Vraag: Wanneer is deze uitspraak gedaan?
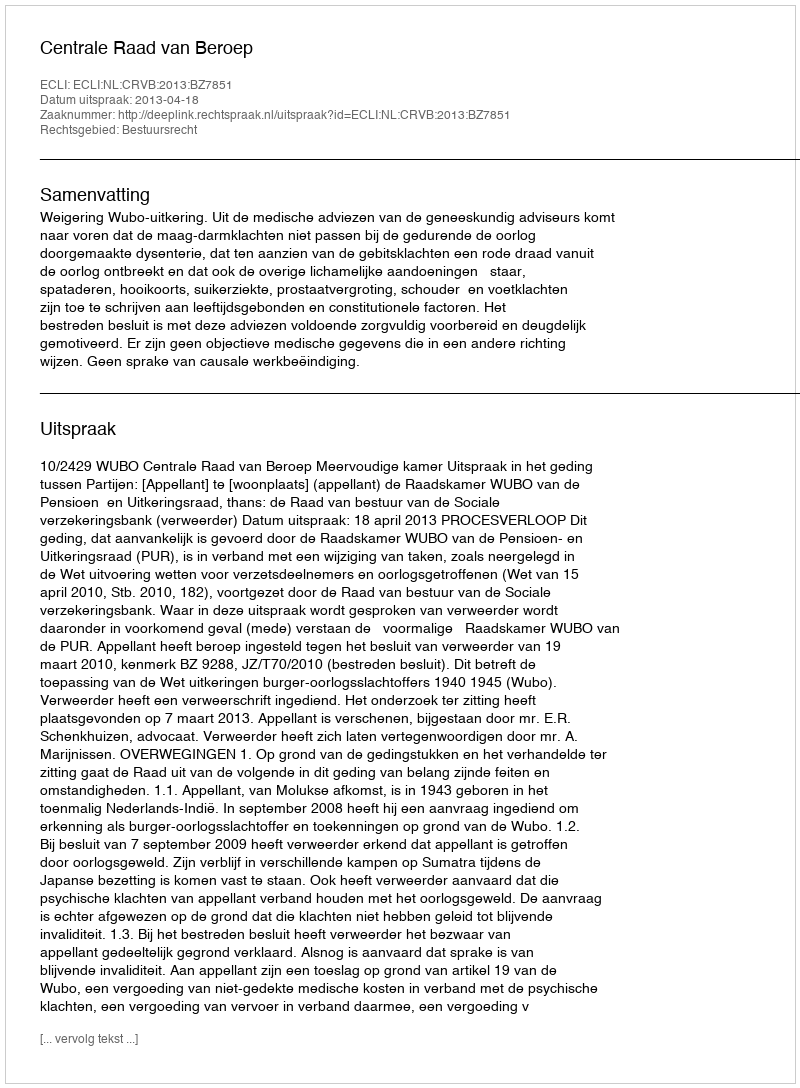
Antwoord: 2013-04-18